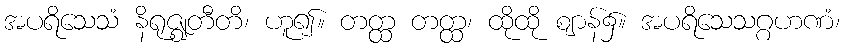
အပရိသေသံ နိရုဇ္ဈတီတိ၊ ဟူ၍။ တတ္ထ တတ္ထ၊ ထိုထို ဈာန်၌။ အပရိသေသဂ္ဂဟဏံ၊